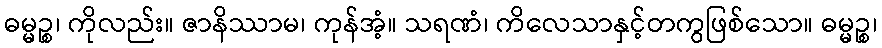
ဓမ္မဉ္စ၊ ကိုလည်း။ ဇာနိဿာမ၊ ကုန်အံ့။ သရဏံ၊ ကိလေသာနှင့်တကွဖြစ်သော။ ဓမ္မဉ္စ၊